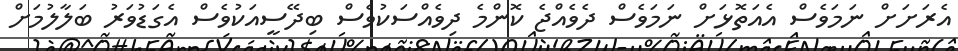
އެރަށަށް ނަމަވެސް އެއަތޮޅަށް ނަމަވެސް ދެވެއްޖެ ކޮންމެ ދިވެއްސަކުވެސް ބިދޭސީއަކުވެސް އެގަޑުވަރު ބަލާލުމަށް